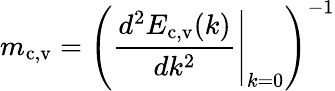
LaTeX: m_{\textrm{c,v}}=\left(\left.\frac{d^{2}E_{\textrm{c,v}}(k)}{dk^{2}}\right\rvert_{k=0}\right)^{-1}